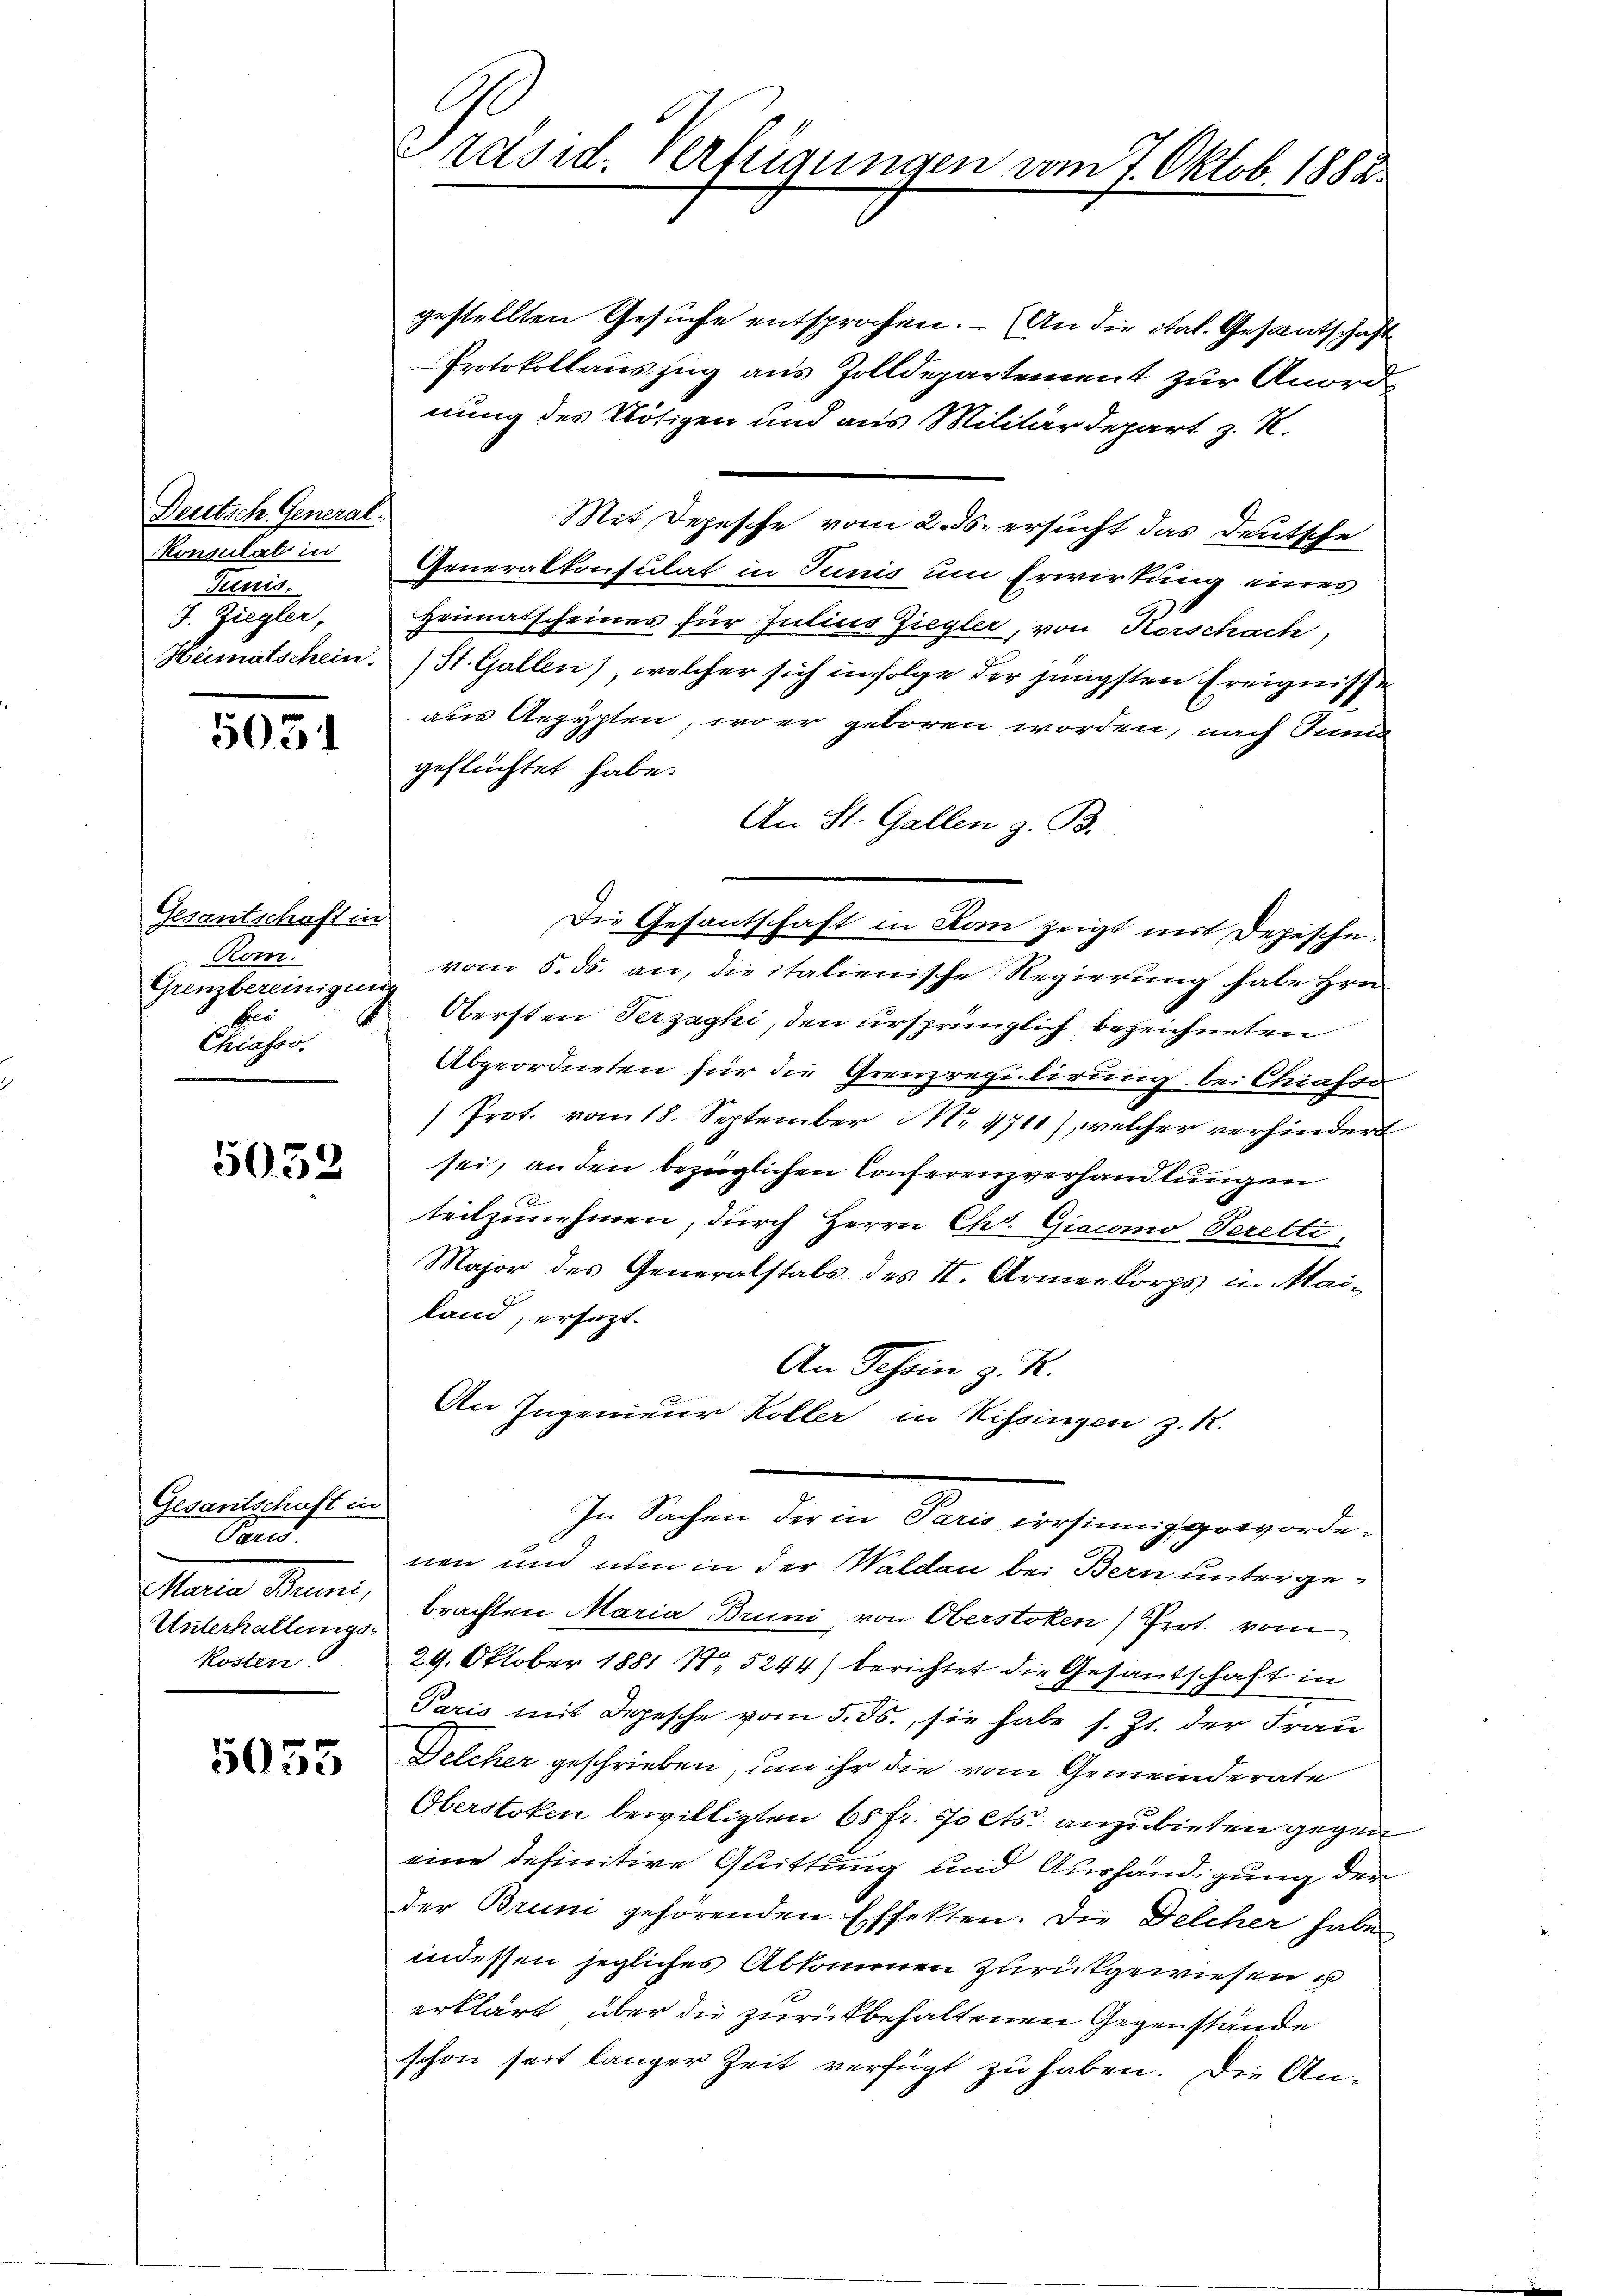
Deutsch General-
Konsulat in
Tauis.
J. Ziegler,

5051

Gesantschaft in
Rom.
Grenzbereinigung
bir
Chiasso,

5052

Gesantschaft in
Pand.
Unterhaltungskosten

5053

Präsid. Verfügungen vom 7. Oktob. 1882.

gestellten Gesuche entsprochen. (An die ital. Gesantschaft
Protokollauszug aus Zolldepartement zur Anordnung des Nötigen und aus Militärdepart z. R.
Mit Depesche vom 2. ds. ersucht das Deutsche
Generalkonsulat in Tunis um Erwirkung eines
Heimatscheines für Julius Ziegler, von Horschach,
Hümatschein. St. Gallen), welcher sich in folge der jüngsten Ereignisse
aus Aegypten, wo er geboren worden, nach Juni
geflüchtet habe.
An St. Gallen z. B.
Die Gesantschaft in Rom zeigt mit Depesche
vom 5. ds. an, die italienische Regierung habe Hrn.
Obersten Verzaghi, den ursprünglich bezeichneten
Abgeordneten für die Grenzregulirung bei Chiasso
Prot. vom 18. September Mr. 4711), welcher verhindert
sei, an den bezüglichen Conferenzverhandlungen
teilzunehmen, durch Herrn Chr. Giacono Peretti,
Major des Generalstals des II. Armenkorps in Mailand, ersezt.
An Schein z. K.
An Ingenieur Koller in Kissingen z. 12.
In Sachen der in Paris irrsinnig gewordenen und nun in der Waldau bei Bern unterge¬
Maria Bruni, brachten Maria Bruni, von Oberstoken Prot. vom
29. Oktober 1881 No 5244) berichtet die Gesantschaft in
Paris mit Depesche vom 5. ds., sie habe s. Zt. der Frau
Delcher geschrieben, um ihr die vom Gemeinderate
Oberstoten bewilligten 60 fr. fo cts. anzubieten gegen
eine definitive Guittung und Aushändigung der
der Bruni gehörenden Effekten. Die Delcher habe
indessen jegliches Abkommen zurückgewiesen u
erklärt, über die zurückbehaltenen Gegenstände
schon seit länger Zeit verfügt zu haben. Die An¬